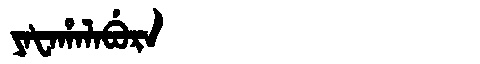
Manchu: ᠶᠠᡶᠠᡥᠠᠯᠠᠪᡠᡵᠠ
Romanization: YAFAHALABURA